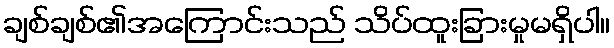
ချစ်ချစ်၏အကြောင်းသည် သိပ်ထူးခြားမှုမရှိပါ။